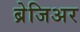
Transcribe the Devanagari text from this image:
ब्रेजिअर